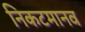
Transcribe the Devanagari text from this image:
निकटमानव